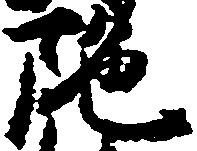
陀